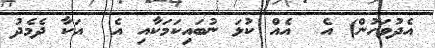
އެދުވަހުން) އެ  އެއް ކުޅަ ނުބައިކަމަކާއި އެ  އަކާ ދެމެދު